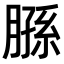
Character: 𫆮